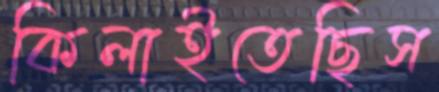
কিলাইতেছিস